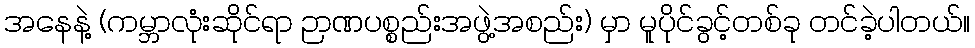
အနေနဲ့ (ကမ္ဘာလုံးဆိုင်ရာ ဉာဏပစ္စည်းအဖွဲ့အစည်း) မှာ မူပိုင်ခွင့်တစ်ခု တင်ခဲ့ပါတယ်။